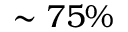
\sim 7 5 \%